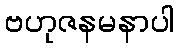
ဗဟုဇနမနာပါ